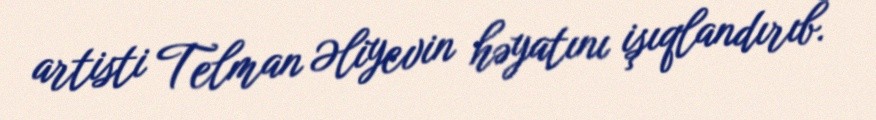
artisti Telman Əliyevin həyatını işıqlandırıb.